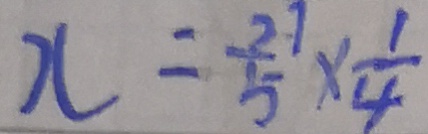
x = \frac { 2 1 } { 5 } \times \frac { 1 } { 4 }